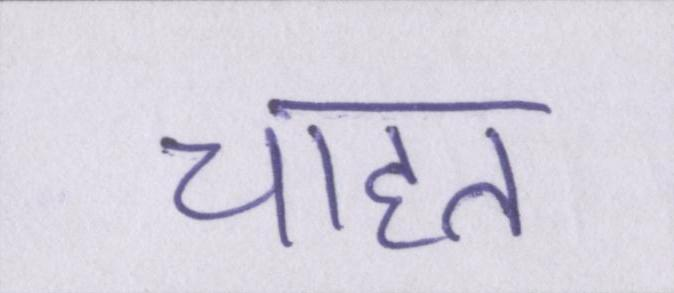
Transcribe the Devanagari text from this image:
चाहत